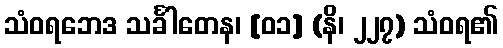
သံဝရဘေဒ သင်္ခါတေန၊ [၀၁] (နိ၊ ၂၂၇) သံဝရ၏